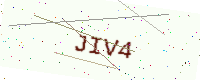
Text: JIV4